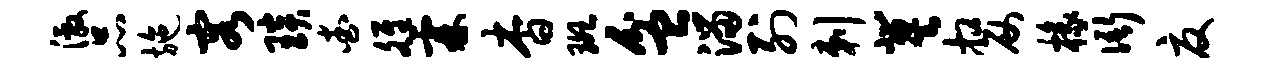
激品施容琰查雒霖杳斑盆溜列剌冀嫠椽衙夏